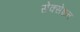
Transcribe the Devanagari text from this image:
सेक्सेशन